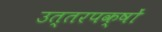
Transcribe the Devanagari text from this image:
उत्तरपक्षों